Bombay plague: being a history of the progress of plague in the Bombay presidency from September 1896 to June 1899
Year: 1896
Disease focus: Plague
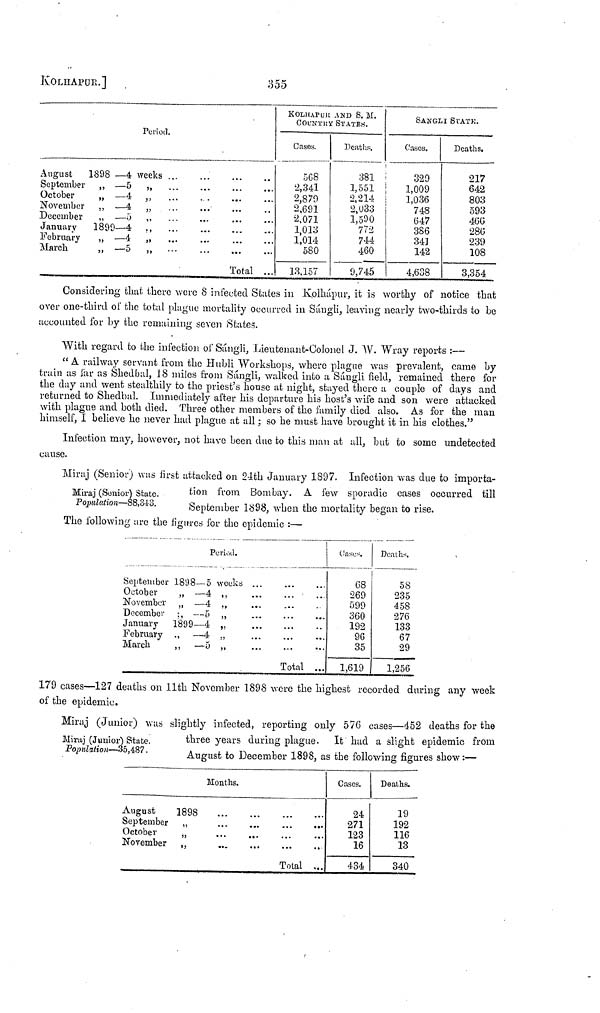
KOLHAPUR.]
355
Period.
August 1898 — 4 weeks
September ,, — 5 ,,
October
„ — 4 ,,
...
. .
November ,, — 4 „
December ,, — 5 ,,
January 1899—4 .,
February
„ —4 „
March
,, — 5 ,, ...
Total ...
KOLHAPUR AND S. M.
COUNTRY STATES.
Cases.
508
2,341
2,879
2,691
2,071
1,013
1,014
580
13,157
Deaths.
381
1,551
2,214
2,033
1,590
772
744
460
9,745
SANGLI STATe.
Oases.
329
1,009
1,036
748
647
386
34]
142
4,638
Deaths.
217
642
803
593
460
286
239
108
3,354
Considering that there were 8 infected States in Kolhápur, it is worthy of notice that
over one-third of the total plague mortality occurred in Sángli, leaving nearly two-thirds to be
accounted for by the remaining seven States.
With regard to the infection of Sángli, Lieutenant-Colonel J. W. Wray reports :—
" A railway servant from the Hubli Workshops, where plague was prevalent, came by
train as far as Shedbal, 18 miles from Sángli, walked into a Sángli field, remained there for
the day and went stealthily to the priest's house at night, stayed there a couple of days and
returned to Shedbal. Immediately after his departure his host's wife and son were attacked
with plague and both died. Three other members of the family died also. As for the man
himself, I believe he never had plague at all; so he must have brought it in his clothes."
Infection may, however, not have been due to this man at all, but to some undetected
cause.
Miraj (Sonior) State.
Population—88,343.
Miraj (Senior) was first attacked on 24th January 1897. Infection was due to importa-
tion from Bombay. A few sporadic cases occurred till
September 1898, when the mortality began to rise.
The following are the figures for the epidemic :—
Period.
September 1808 — 5 weeks ...
October
„ — 4 ,
November „ — 4 ,,
December ,, — 5 ,
January 1899—4 ,
February ,, — 4 ,
March
,, — 5 ,
Total ...
Cases
68
269
599
360
192
96
35
1,619
Deaths.
58
235
458
276
133
67
29
1,256
179 cases—127 deaths on 11th November 1898 were the highest recorded during any week
of the epidemic.
Miraj (Junior) State.
Population—35,487.
Miraj (Junior) was slightly infected, reporting only 576 cases—452 deaths for the
three years during plague. It had a slight epidemic from
August to December 1898, as the following figures show:—
Months.
August
1898
September ,,
October
„
November „
Total ,..
Cases.
24
271
123
16
434
Deaths.
19
192
116
13
340